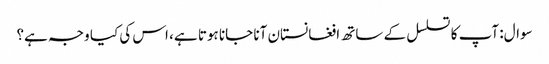
سوال: آپ کا تسلسل کے ساتھ افغانستان آنا جانا ہوتا ہے، اس کی کیا وجہ ہے؟